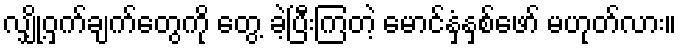
လျှို့ဝှက်ချက်တွေကို တွေ့ ခဲ့ပြီးကြတဲ့ မောင်နှံနှစ်ဖော် မဟုတ်လား။